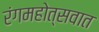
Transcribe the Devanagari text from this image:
रंगमहोत्सवात